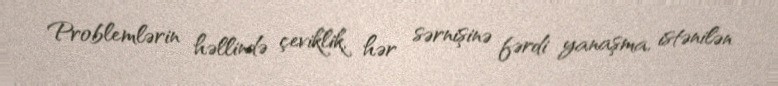
Problemlərin həllində çeviklik, hər sərnişinə fərdi yanaşma, istənilən